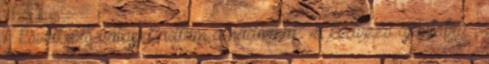
A következő választ adtam a nádornak „a kedvező ajánlatra”,